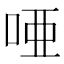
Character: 唖